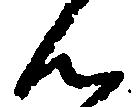
ん